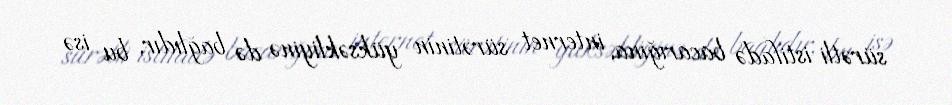
sürətli istifadə bacarığına, internet sürətinin yüksəkliyinə də bağlıdır, bu isə